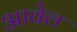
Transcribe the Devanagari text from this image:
आवेल